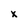
Character: X